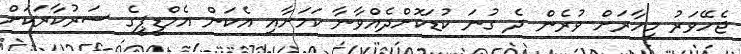
ޖެހޭވަރު މިހާރަށް ވުރެން ދެ ގުނަ ކުޑަކޮށްދެއްވާނާ ކަމަށާއި އެކަން އެމްޑީޕީގެ ސަރުކާރަކަށް